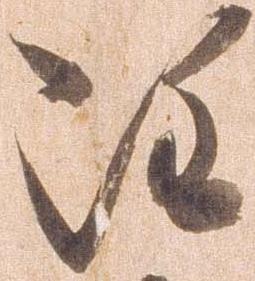
雖